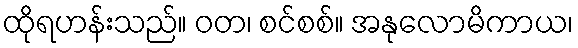
ထိုရဟန်းသည်။ ဝတ၊ စင်စစ်။ အနုလောမိကာယ၊